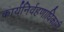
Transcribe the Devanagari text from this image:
कार्यनिर्वहणाधिकारी